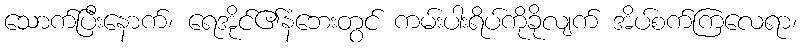
သောက်ပြီးနောက်၊ ရေအိုင်၏နံဘေးတွင် ကမ်းပါးရိပ်ကိုခိုလျက် အိပ်စက်ကြလေရာ၊